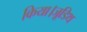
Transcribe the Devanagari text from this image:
किया।जूडिथ